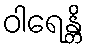
ဝါရေန္တိ